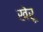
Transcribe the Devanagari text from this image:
खेरू